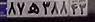
۸۷ه۳۸۸۴۳